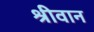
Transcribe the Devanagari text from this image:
श्रीवान